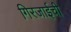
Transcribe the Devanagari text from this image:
गिरजाईची